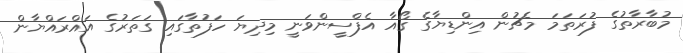
މުބާރާތުގެ ފުރަތަމަ މެޗުން އިންޑިޔާގެ ގޯއާ އެފްސީންވަނީ މިދިޔަ ހަފުތާގައި ގަތަރުގެ އައްރައްޔާން